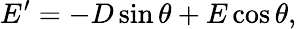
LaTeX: E^{\prime}=-D\sin\theta+E\cos\theta,